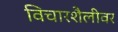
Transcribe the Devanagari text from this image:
विचारशैलीवर